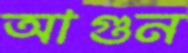
আগুন